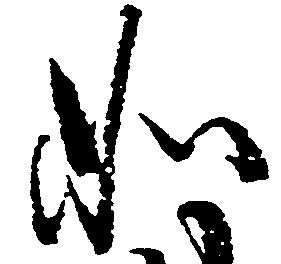
如